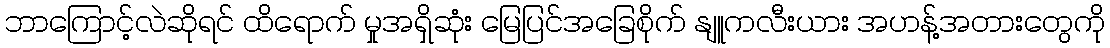
ဘာကြောင့်လဲဆိုရင် ထိရောက် မှုအရှိဆုံး မြေပြင်အခြေစိုက် နျူကလီးယား အဟန့်အတားတွေကို